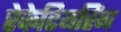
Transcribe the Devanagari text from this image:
रेकेटियरिंग